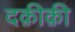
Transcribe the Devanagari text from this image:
दक़ीक़ी